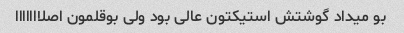
بو میداد گوشتش استیکتون عالی بود ولی بوقلمون اصلااااااا